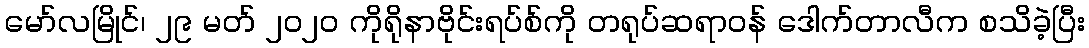
မော်လမြိုင်၊ ၂၉ မတ် ၂၀၂၀ ကိုရိုနာဗိုင်းရပ်စ်ကို တရုပ်ဆရာဝန် ဒေါက်တာလီက စသိခဲ့ပြီး